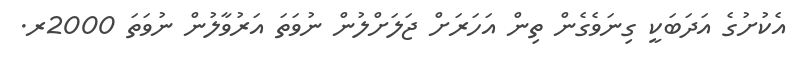
އެކުށުގެ އަދަބަކީ ގިނަވެގެން ތިން އަހަރަށް ޖަލަށްލުން ނުވަތަ އަރުވާލުން ނުވަތަ 2000ރ.